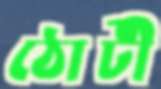
ঠোটী